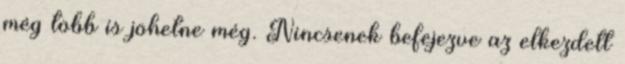
még több is jöhetne még. Nincsenek befejezve az elkezdett